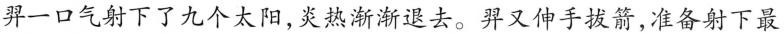
羿一口气射下了九个太阳，炎热渐渐退去。羿又伸手拔箭，准备射下最